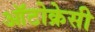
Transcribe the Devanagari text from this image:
ऑटोक्रेसी